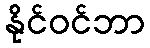
နိုင်ဝင်ဘာ